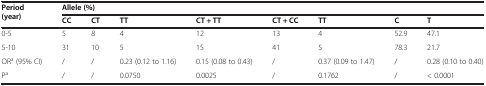
| <ROWSPAN=2> Period (year) | <COLSPAN=8> Allele (%) |
 | CC | CT | TT | CT + TT | CT + CC | TT | C | T |
 | --- | --- | --- | --- | --- | --- | --- | --- | --- |
 | 0-5 | 5 | 8 | 4 | 12 | 13 | 4 | 52.9 | 47.1 |
 | 5-10 | 31 | 10 | 5 | 15 | 41 | 5 | 78.3 | 21.7 |
 | ORa (95% CI) | / | / | 0.23 (0.12 to 1.16) | 0.15 (0.08 to 0.43) | / | 0.37 (0.09 to 1.47) | / | 0.28 (0.10 to 0.40) |
 | Pa | / | / | 0.0750 | 0.0025 | / | 0.1762 | / | < 0.0001 |